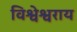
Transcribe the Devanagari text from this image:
विश्वेश्वराय